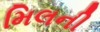
મિલની